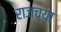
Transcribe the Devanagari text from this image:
राजच्या